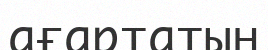
ағартатын